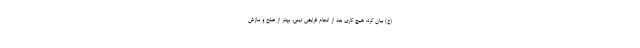
(ع) بیان کرد: هیچ کاری بعد از انجام فرایض دینی، بهتر از صلح و سازش